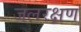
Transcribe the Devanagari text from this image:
जलरक्षण